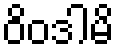
ဝိဝဒါမိ